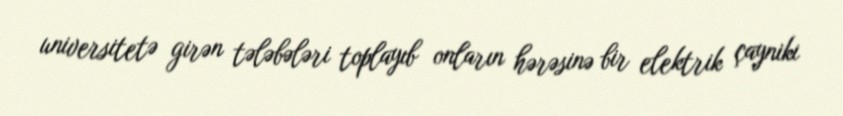
universitetə girən tələbələri toplayıb onların hərəsinə bir elektrik çayniki